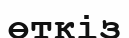
өткіз